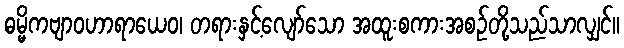
ဓမ္မိကဗျာဝဟာရာယေဝ၊ တရားနှင့်လျော်သော အထူးစကားအစဉ်တို့သည်သာလျှင်။